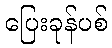
ပြေးခုန်ပစ်